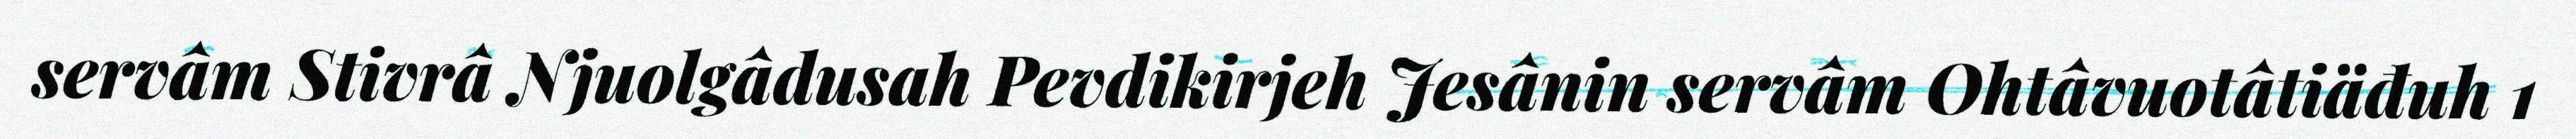
servâm Stivrâ Njuolgâdusah Pevdikirjeh Jesânin servâm Ohtâvuotâtiäđuh 1